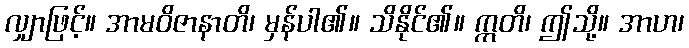
လျှာဖြင့်။ အာမဝိဇာနာတိ၊ မှန်ပါ၏။ သိနိုင်၏။ ဣတိ၊ ဤသို့။ အာဟ၊